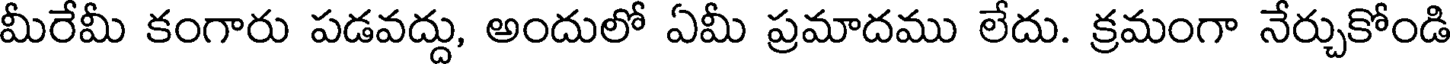
మీరేమీ కంగారు పడవద్దు, అందులో ఏమీ ప్రమాదము లేదు. క్రమంగా నేర్చుకోండి